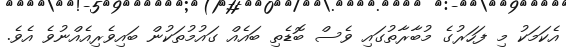
އެކަމަކު މި ފަހަރުގެ މުބާރާތުގައި ވެސް ބޮޑެތި ބައެއް ގައުމުތަކުން ބައިވެރިއެއްނުވެ އެވެ.